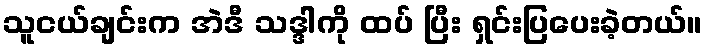
သူငယ်ချင်းက အဲဒီ သဒ္ဒါကို ထပ် ပြီး ရှင်းပြပေးခဲ့တယ်။